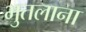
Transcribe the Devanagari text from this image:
भुतलाना